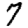
Digit: 7